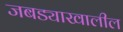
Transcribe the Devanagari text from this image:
जबड्याखालील